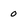
Character: 0